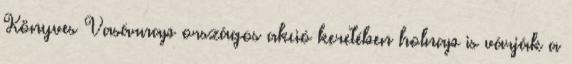
Könyves Vasárnap országos akció keretében holnap is várják a